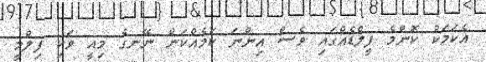
އެކަމަކު ކޮންމެ ފީލްޑެއްގައި ވެސް އިންނަ ކަމެއްކަން ނޭނގެ މިއީ ވަކި ފިލްމީ